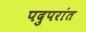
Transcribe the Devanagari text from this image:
पदुपरांत